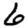
Digit: 6